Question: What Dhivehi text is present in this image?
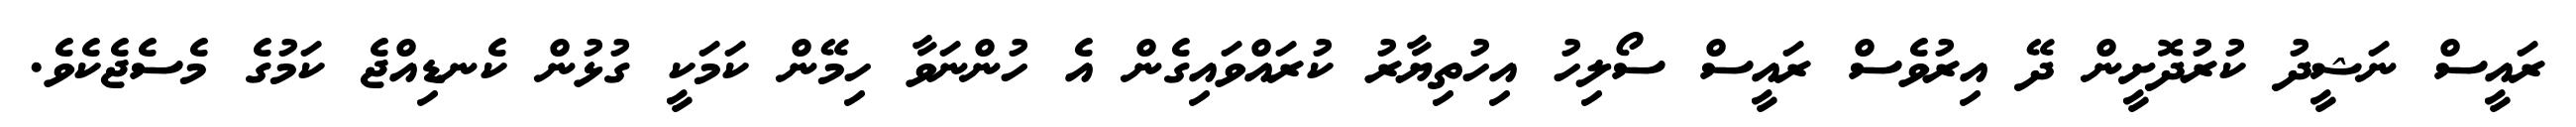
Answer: ރައީސް ނަޝީދު ކުރުދޮށީން ދޭ އިރުވެސް ރައީސް ސޯލިހު އިހުތިޔާރު ކުރައްވައިގެން އެ ހުންނަވާ ހިމޭން ކަމަކީ ގުޅުން ކެނޑިއްޖެ ކަމުގެ މެސެޖެކެވެ.